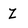
Character: Z